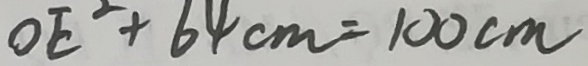
0 E ^ { 2 } + 6 4 c m = 1 0 0 c m